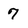
Character: 7